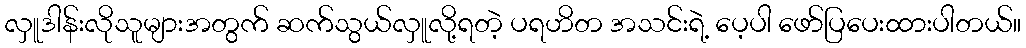
လှူဒါန်းလိုသူများအတွက် ဆက်သွယ်လှူလို့ရတဲ့ ပရဟိတ အသင်းရဲ့ ပေ့ပါ ဖော်ပြပေးထားပါတယ်။